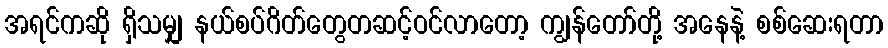
အရင်ကဆို ရှိသမျှ နယ်စပ်ဂိတ်တွေတဆင့်ဝင်လာတော့ ကျွန်တော်တို့ အနေနဲ့ စစ်ဆေးရတာ